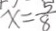
x = \frac { 5 } { 8 }